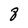
Character: 8